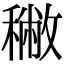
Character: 𥢭